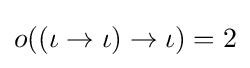
o((\iota \to \iota )\to \iota )=2